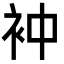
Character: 衶